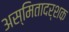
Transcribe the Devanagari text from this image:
अस्मितादर्शक